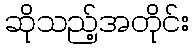
ဆိုသည့်အတိုင်း